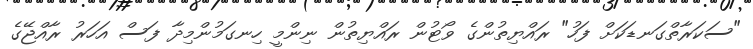
"ސަކަރާތްގަނޑަކަށް ފަހު" ރައްޔިތުންގެ ވޯޓުން ރައްޔިތުން ނިންމީ ހިނގަމުންމިދާ ފަސް އަހަރު ރާއްޖޭގެ